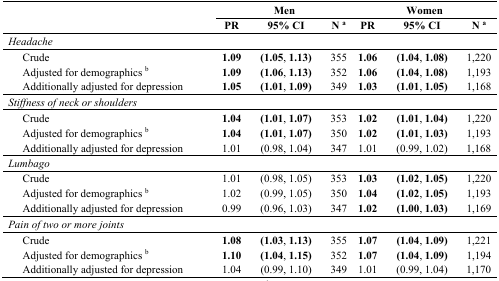
<table><thead><tr><td rowspan="2" colspan="2"></td><td colspan="3"><b>Men</b></td><td colspan="3"><b>Women</b></td></tr><tr><td><b>PR</b></td><td><b>95% CI</b></td><td><b>N <sup>a</sup></b></td><td><b>PR</b></td><td><b>95% CI</b></td><td><b>N <sup>a</sup></b></td></tr></thead><tbody><tr><td colspan="5"><i>Headache</i></td><td></td><td></td><td></td></tr><tr><td></td><td>Crude</td><td><b>1.09</b></td><td><b>(1.05, 1.13)</b></td><td>355</td><td><b>1.06 </b></td><td><b>(1.04, 1.08)</b></td><td>1,220</td></tr><tr><td></td><td>Adjusted for demographics <sup>b</sup></td><td><b>1.09</b></td><td><b>(1.06, 1.13)</b></td><td>352</td><td><b>1.06 </b></td><td><b>(1.04, 1.08)</b></td><td>1,193</td></tr><tr><td></td><td>Additionally adjusted for depression</td><td><b>1.05</b></td><td><b>(1.01, 1.09)</b></td><td>349</td><td><b>1.03 </b></td><td><b>(1.01, 1.05)</b></td><td>1,168</td></tr><tr><td colspan="5"><i>Stiffness of neck or shoulders</i></td><td></td><td></td><td></td></tr><tr><td></td><td>Crude</td><td><b>1.04 </b></td><td><b>(1.01, 1.07)</b></td><td>353</td><td><b>1.02 </b></td><td><b>(1.01, 1.04)</b></td><td>1,220</td></tr><tr><td></td><td>Adjusted for demographics <sup>b</sup></td><td><b>1.04 </b></td><td><b>(1.01, 1.07)</b></td><td>350</td><td><b>1.02 </b></td><td><b>(1.01, 1.03)</b></td><td>1,193</td></tr><tr><td></td><td>Additionally adjusted for depression</td><td>1.01 </td><td>(0.98, 1.04)</td><td>347</td><td>1.01 </td><td>(0.99, 1.02)</td><td>1,168</td></tr><tr><td colspan="2"><i>Lumbago</i></td><td></td><td></td><td></td><td></td><td></td><td></td></tr><tr><td></td><td>Crude</td><td>1.01 </td><td>(0.98, 1.05)</td><td>353</td><td><b>1.03 </b></td><td><b>(1.02, 1.05)</b></td><td>1,220</td></tr><tr><td></td><td>Adjusted for demographics <sup>b</sup></td><td>1.02 </td><td>(0.99, 1.05)</td><td>350</td><td><b>1.04 </b></td><td><b>(1.02, 1.05)</b></td><td>1,193</td></tr><tr><td></td><td>Additionally adjusted for depression</td><td>0.99 </td><td>(0.96, 1.03)</td><td>347</td><td><b>1.02 </b></td><td><b>(1.00, 1.03)</b></td><td>1,169</td></tr><tr><td colspan="5"><i>Pain of two or more joints</i></td><td></td><td></td><td></td></tr><tr><td></td><td>Crude</td><td><b>1.08 </b></td><td><b>(1.03, 1.13)</b></td><td>355</td><td><b>1.07 </b></td><td><b>(1.04, 1.09)</b></td><td>1,221</td></tr><tr><td></td><td>Adjusted for demographics <sup>b</sup></td><td><b>1.10 </b></td><td><b>(1.04, 1.15)</b></td><td>352</td><td><b>1.07 </b></td><td><b>(1.04, 1.09)</b></td><td>1,194</td></tr><tr><td></td><td>Additionally adjusted for depression</td><td>1.04 </td><td>(0.99, 1.10)</td><td>349</td><td>1.01 </td><td>(0.99, 1.04)</td><td>1,170</td></tr></tbody></table>